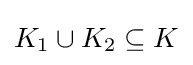
K_{1}\cup K_{2}\subseteq K